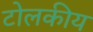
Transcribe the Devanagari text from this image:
टोलकीय